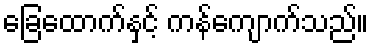
ခြေထောက်နှင့် ကန်ကျောက်သည်။